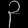
Digit: ၃